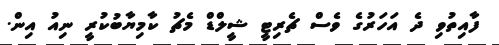
ފާއިތުވި ދެ އަހަރުގެ ވެސް ޗެރިޓީ ޝީލްޑް މެޗު ކާމިޔާބުކުރީ ނިއު އިން.